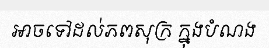
អាចទៅដល់ភពសុក្រ ក្នុងបំណង